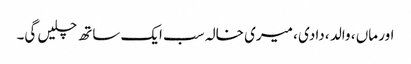
اور ماں ، والد ، دادی ، میری خالہ سب ایک ساتھ چلیں گی۔